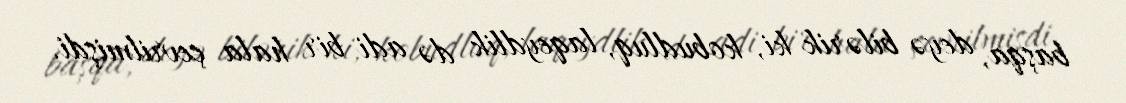
başqa, deyə bilərik ki, kobudluq, laqeydlik də adi bir hala çevrilmişdi.